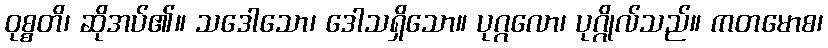
ဝုစ္စတိ၊ ဆိုအပ်၏။ သဒေါသော၊ ဒေါသရှိသော။ ပုဂ္ဂလော၊ ပုဂ္ဂိုလ်သည်။ ကတမောစ၊